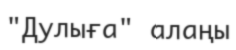
"Дулыға" алаңы